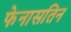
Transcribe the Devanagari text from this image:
फेनासतिन